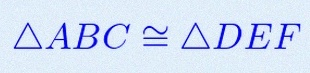
\triangle ABC\cong\triangle DEF